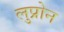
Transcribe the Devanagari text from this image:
लुप्रोन